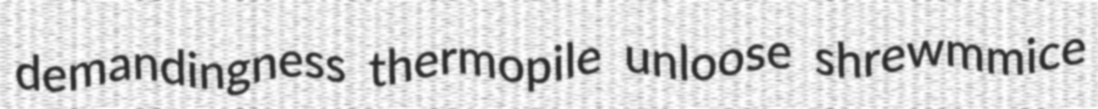
demandingness thermopile unloose shrewmmice